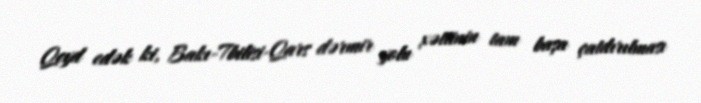
Qeyd edək ki, Bakı-Tbilisi-Qars dərmir yolu xəttinin tam başa çatdırılması